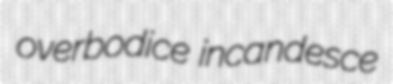
overbodice incandesce